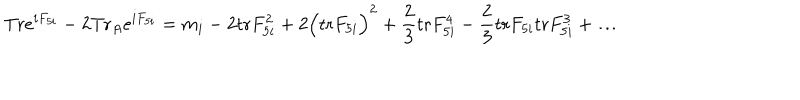
\mathrm { T r } e ^ { i F _ { 5 i } } - 2 \mathrm { T r } _ { A } e ^ { i F _ { 5 i } } = m _ { i } - 2 \mathrm { t r } F _ { 5 i } ^ { 2 } + 2 \Big ( \mathrm { t r } F _ { 5 i } \Big ) ^ { 2 } + { \frac { 2 } { 3 } } \mathrm { t r } F _ { 5 i } ^ { 4 } - { \frac { 2 } { 3 } } \mathrm { t r } F _ { 5 i } \mathrm { t r } F _ { 5 i } ^ { 3 } + \dots